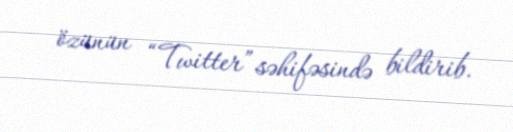
özünün “Twitter” səhifəsində bildirib.